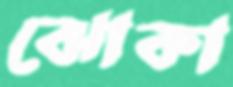
ঝোকা